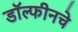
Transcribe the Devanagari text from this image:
डॉल्फीनचे